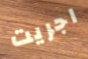
اجريت